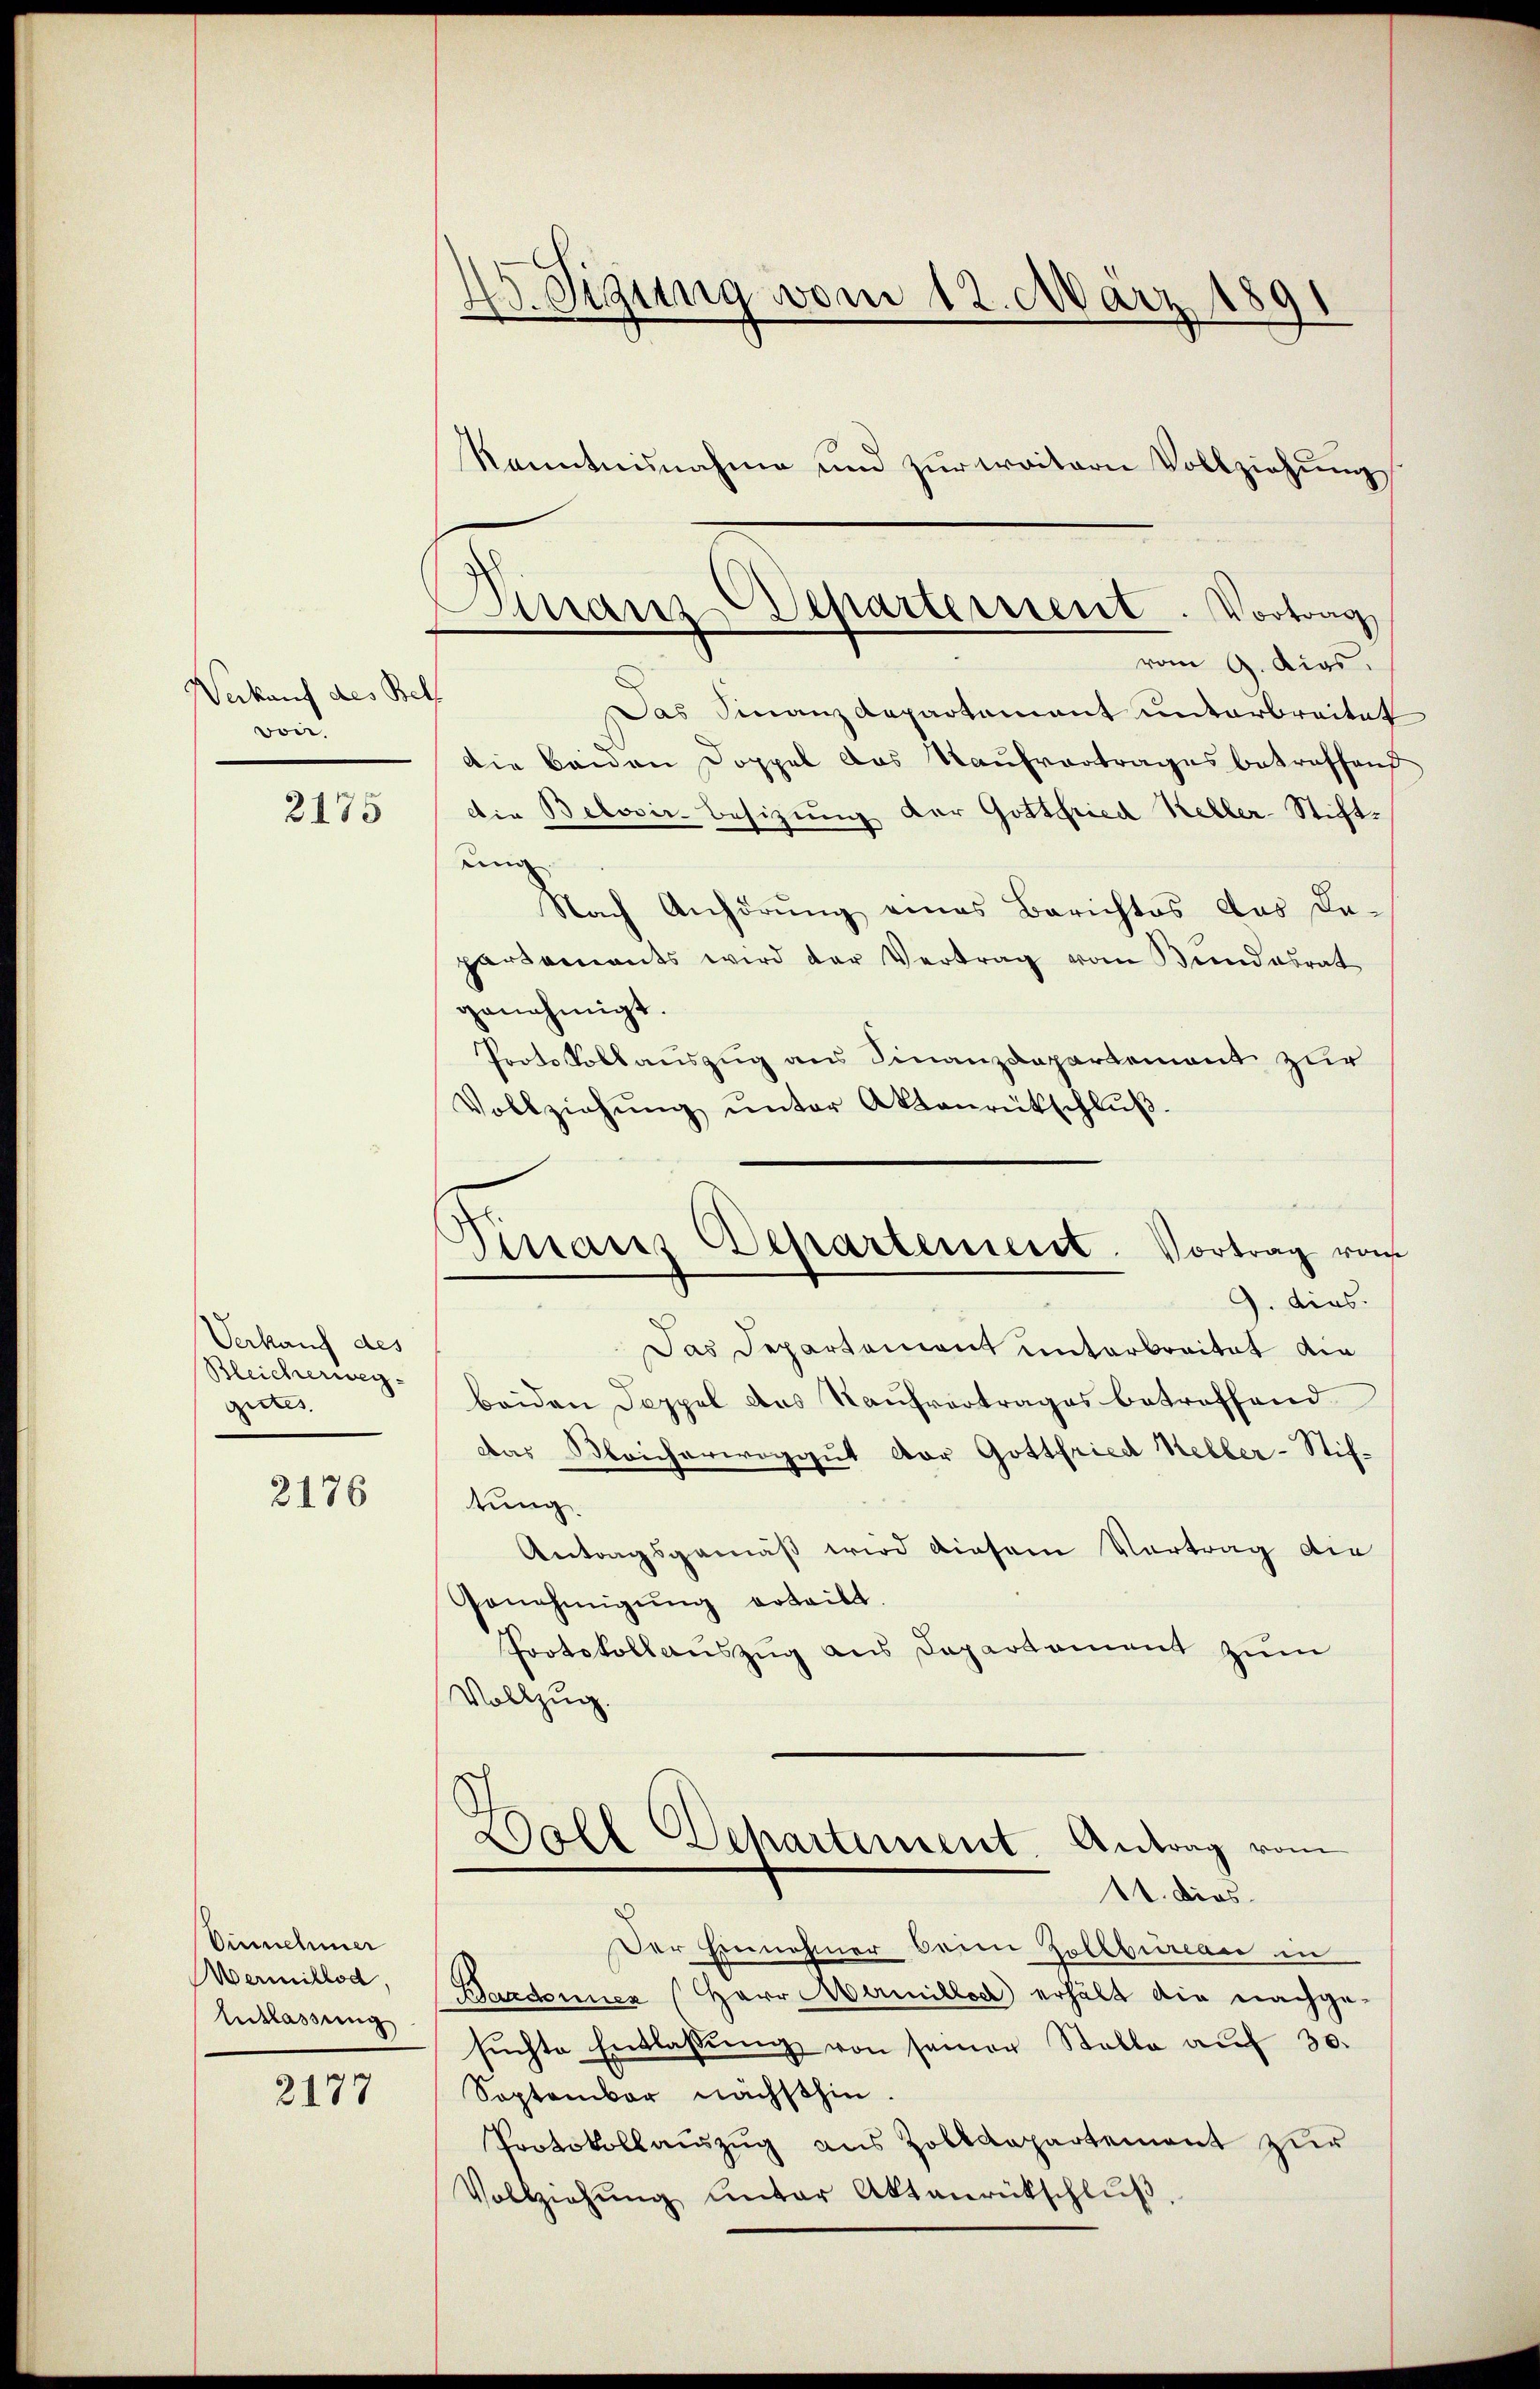
Verkauf des Bet
voir.
2175

Verkauf des
Bleicherweg-
gietes

2176

Einnehmer
Vermillod,
Entlassung

2177

45. Sigung vom 12. März 1891
kanntnisnahme und zur weitern Vollziehung

Dinanz-Departement. Vortrag
vom 9. dies.

Das Finanzdepartement unterbreitet
Die beiden Doppel das Kaufvertrages betreffend
Die Belovir-Besizung der Gottfried Keller-Stiftun
Nach Anhörŭng eines Berichtes das da-
partements wird der Vertrag vom Bundesrat
genehmigt.
Protokollauszug aus Finanzdepartement zur
Vollziehŭng ŭnter Aktenrütschlŭβ-
9. dies
Das Departement unterbreitet die
beiden Doppel das Kaufvertrages betreffend
Das Bleicherwoggut der Gottfried Keller-Stiftung
Antragsgemäß wird diesem Vortrag die
Genehmigŭng erteilt.
Protokollauszug aus Departament zum
Vollzug.
Boll Departement. Antrag vom
11. dies
Der Einnehmer beim Zollbeinau in
Baadonner Herr Marillod erhält die nachge-
sŭchte Entlassŭng von seiner Stalle aŭf 30.
September nächsthin.
Protokollauszug aus Zolldepartement zur
Vollziehŭng unter Aktanrückschlŭβ,

d
Saif Departement. Vortrag vom